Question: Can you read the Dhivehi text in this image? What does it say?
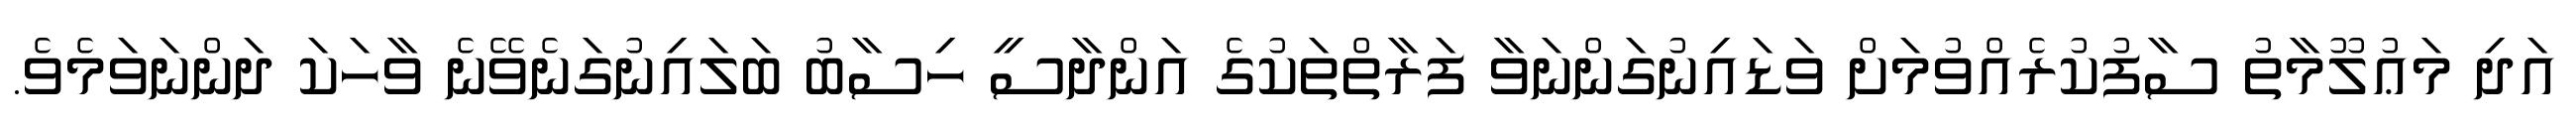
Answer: އަދި މަޢުލޫމާތު ސާފުކުރެއްވުމަށް ވަޑައިނުގަންނަވާ ފަރާތްތަކުގެ އަންދާސީ ހިސާބު ބަލައިނުގަނެވޭނެ ވާހަކަ ދަންނަވަމެވެ.